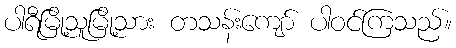
ပါရီမြို့သူမြို့သား တသန်းကျော် ပါဝင်ကြသည်။